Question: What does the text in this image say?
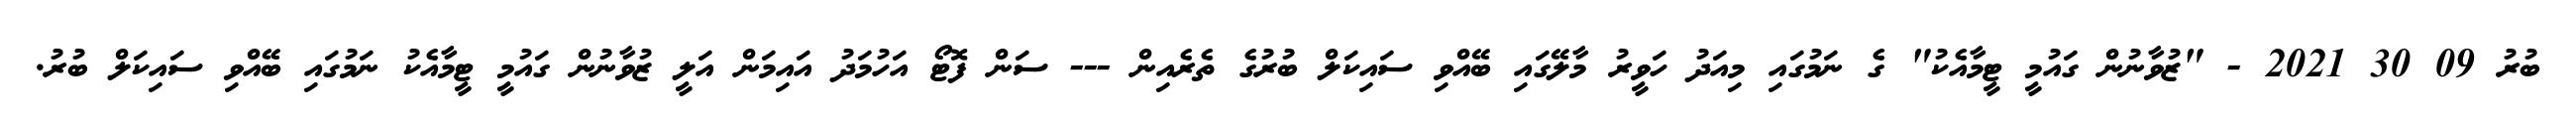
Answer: ބުރު 09 30 2021 - "ޒުވާނުން ގައުމީ ޓީމާއެކު" ގެ ނަމުގައި މިއަދު ހަވީރު މާލޭގައި ބޭއްވި ސައިކަލް ބުރުގެ ތެރެއިން --- ސަން ފޮޓޯ އަހުމަދު އައިމަން އަލީ ޒުވާނުން ގައުމީ ޓީމާއެކު ނަމުގައި ބޭއްވި ސައިކަލް ބުރު.